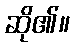
ဆို၏။